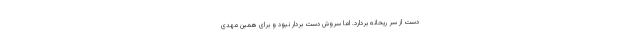
دست از سر ریحانه بردارد. اما سروش دست بردار نبود و برای همین مهدی